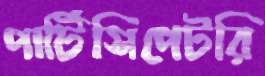
পার্টিসিপেটরি